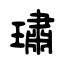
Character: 璛